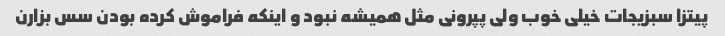
پیتزا سبزیجات خیلی خوب ولی پپرونی مثل همیشه نبود و اینکه فراموش کرده بودن سس بزارن